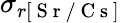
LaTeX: \sigma_{r[\mathrm{~S~r~/~C~s~}]}